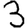
Digit: 3